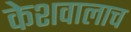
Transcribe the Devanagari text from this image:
केशवालाच